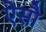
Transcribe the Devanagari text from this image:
ऐसौ